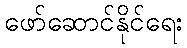
ဖော်ဆောင်နိုင်ရေး